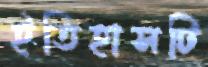
ইতিহাসটি